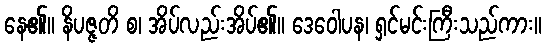
နေ၏။ နိပဇ္ဇတိ စ၊ အိပ်လည်းအိပ်၏။ ဒေဝေါပန၊ ရှင်မင်းကြီးသည်ကား။